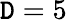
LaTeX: \mathtt{D}=5